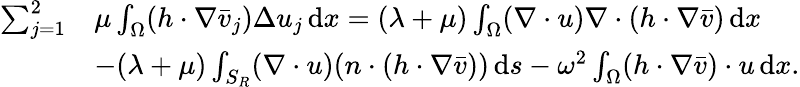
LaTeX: \begin{array}{rl}{\sum_{j=1}^{2}}&{\mu\int_{\Omega}(h\cdot\nabla\bar{v}_{j})\Delta{u}_{j}\, \mathrm{d}x=(\lambda+\mu)\int_{\Omega}(\nabla\cdot u)\nabla\cdot(h\cdot\nabla\bar{v})\, \mathrm{d}x}\\ &{-(\lambda+\mu)\int_{S_{R}}(\nabla\cdot u)(n\cdot(h\cdot\nabla\bar{v}))\, \mathrm{d}s-\omega^{2}\int_{\Omega}(h\cdot\nabla\bar{v})\cdot u\, \mathrm{d}x.}\end{array}